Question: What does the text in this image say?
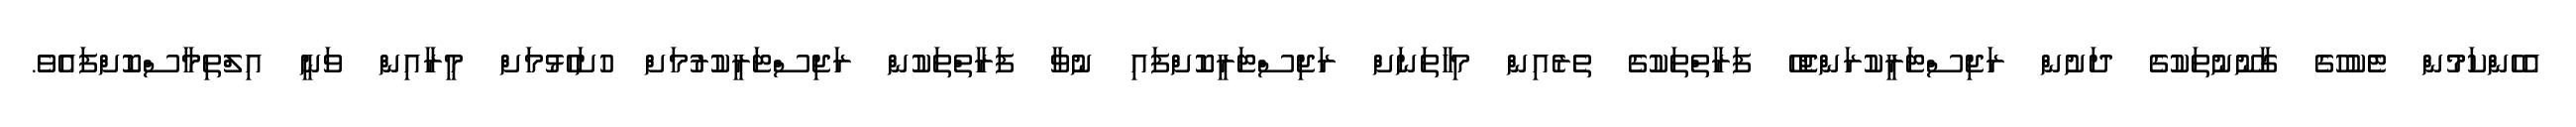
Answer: އެހެންކަމުން ޓެކުހުގެ ގާނޫނުތަކުގެ ދަށުން ރަޖިސްޓަރީކުރަންޖެހޭ ފަރާތްތަކުގެ ތެރެއިން މިހާތަނަށް ރަޖިސްޓަރީކޮށްފައި ނުވާ ފަރާތްތަކުން ރަޖިސްޓަރީކުރުމަށް ހުށަހެޅުމަށް މީރާއިން ވަނީ އިލްތިމާސްކޮށްފައެވެ.